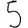
Digit: 5